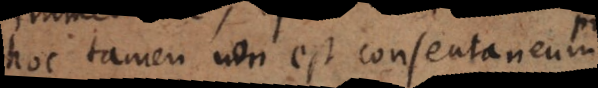
hoc tamen non est consentaneum